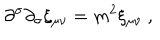
\partial ^ { \sigma } \partial _ { \sigma } \xi _ { \mu \nu } = m ^ { 2 } \xi _ { \mu \nu } ~ ,